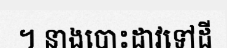
។ នាងបោះដាវទៅដី